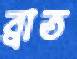
ব্রাত